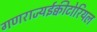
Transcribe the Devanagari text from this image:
गणराज्यईक्वीटोरियल